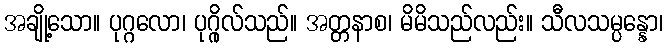
အချို့သော။ ပုဂ္ဂလော၊ ပုဂ္ဂိုလ်သည်။ အတ္တနာစ၊ မိမိသည်လည်း။ သီလသမ္ပန္နော၊